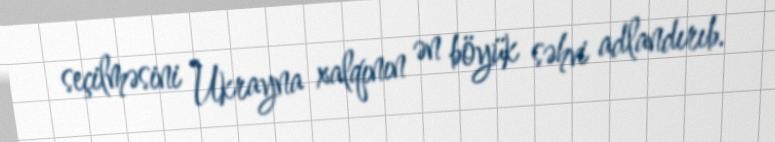
seçilməsini Ukrayna xalqının ən böyük səhvi adlandırıb.